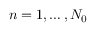
n = 1 , \dots , N _ { 0 }